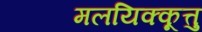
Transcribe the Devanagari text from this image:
मलयिक्कूत्तु